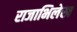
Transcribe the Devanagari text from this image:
राजाभिलेख